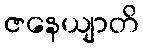
ဇနေယျာတိ